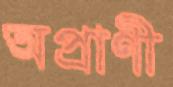
অপ্রাণী